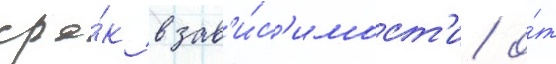
сро́к в зав'и́с'имост'и о́т